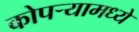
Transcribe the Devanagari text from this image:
कोपर्‍यामध्ये